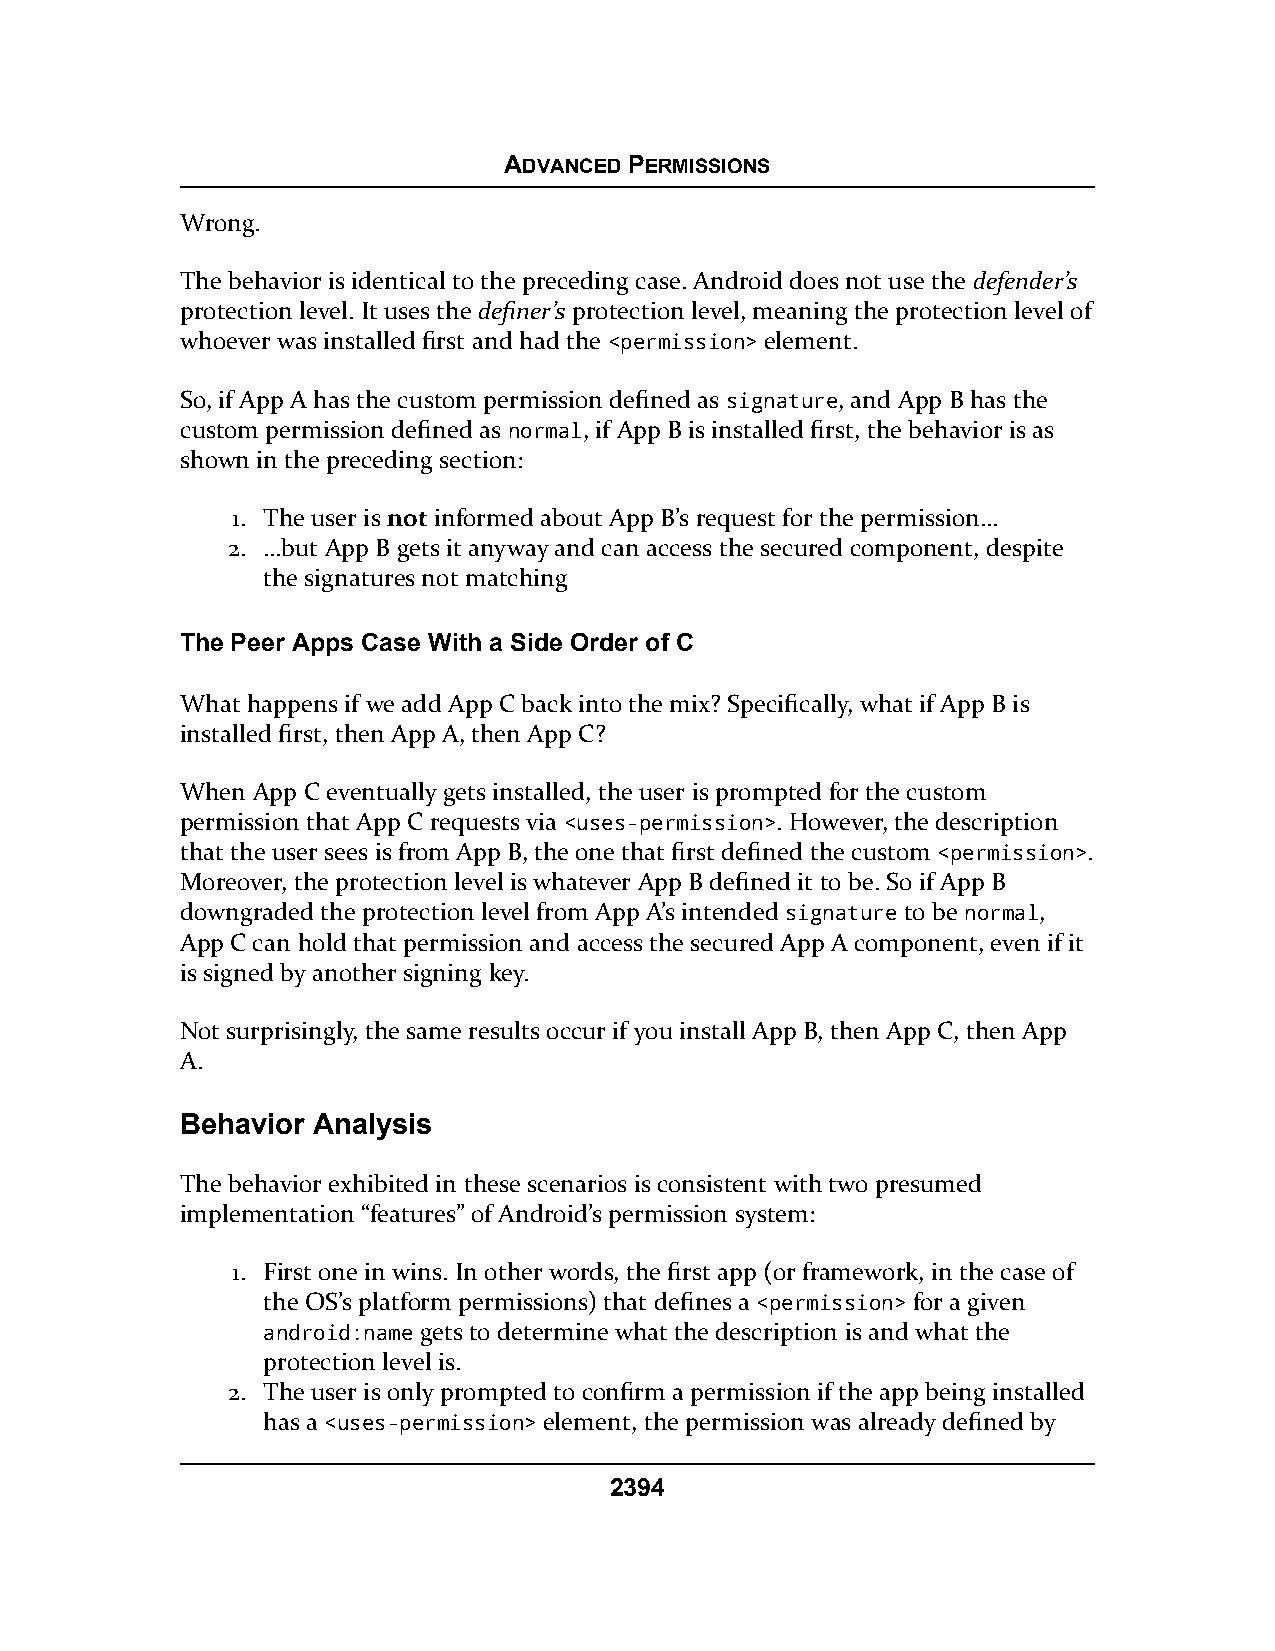
ADVANCED PERMISSIONS
 Wrong.
 The behavior is identical to the preceding case. Android does not use the defender’s
 protection level. It uses the definer’s protection level, meaning the protection level of
 whoever was installed first and had the <permission> element.
 So, if App A has the custom permission defined as signature, and App B has the
 custom permission defined as normal, if App B is installed first, the behavior is as
 shown in the preceding section:
 1. The user is not informed about App B’s request for the permission…
 2. …but App B gets it anyway and can access the secured component, despite
 the signatures not matching
 The Peer Apps Case With a Side Order of C
 What happens if we add App C back into the mix? Specifically, what if App B is
 installed first, then App A, then App C?
 When App C eventually gets installed, the user is prompted for the custom
 permission that App C requests via <uses-permission>. However, the description
 that the user sees is from App B, the one that first defined the custom <permission>.
 Moreover, the protection level is whatever App B defined it to be. So if App B
 downgraded the protection level from App A’s intended signature to be normal,
 App C can hold that permission and access the secured App A component, even if it
 is signed by another signing key.
 Not surprisingly, the same results occur if you install App B, then App C, then App
 A.
 Behavior Analysis
 The behavior exhibited in these scenarios is consistent with two presumed
 implementation “features” of Android’s permission system:
 1. First one in wins. In other words, the first app (or framework, in the case of
 the OS’s platform permissions) that defines a <permission> for a given
 android:name gets to determine what the description is and what the
 protection level is.
 2. The user is only prompted to confirm a permission if the app being installed
 has a <uses-permission> element, the permission was already defined by
 2394